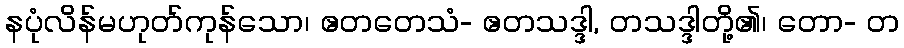
နပုံလိန်မဟုတ်ကုန်သော၊ ဧတတေသံ- ဧတသဒ္ဒါ, တသဒ္ဒါတို့၏၊ တော- တ